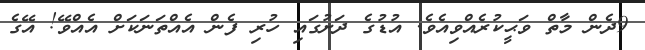
9ދެން މާތް ވަޙީކުރެއްވިއެވެ. އުޑުގެ ދަށުގައި ހުރި ފެން އެއްތަނަކަށް އެއްވޭ! އޭގެ